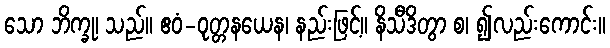
သော ဘိက္ခု၊ သည်။ ဧဝံ-ဝုတ္တနယေန၊ နည်းဖြင့်။ နိသီဒိတွာ စ၊ ၍လည်းကောင်း။